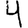
Digit: 4